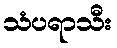
သံပရာသီး